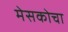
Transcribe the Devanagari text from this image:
मेसकोचा